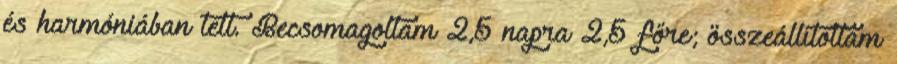
és harmóniában telt. Becsomagoltam 2,5 napra 2,5 főre; összeállítottam